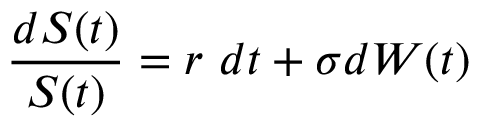
{ \frac { d S ( t ) } { S ( t ) } } = r \ d t + \sigma d W ( t )